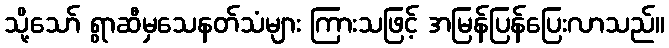
သို့သော် ရွာဆီမှသေနတ်သံများ ကြားသဖြင့် အမြန်ပြန်ပြေးလာသည်။